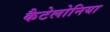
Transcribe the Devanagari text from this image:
कैटेलोनिया